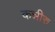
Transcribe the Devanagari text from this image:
कन्नीरु